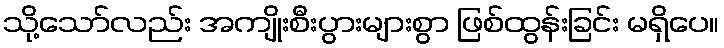
သို့သော်လည်း အကျိုးစီးပွားများစွာ ဖြစ်ထွန်းခြင်း မရှိပေ။